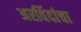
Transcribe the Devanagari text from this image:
अरविंदांचा